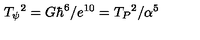
T _ { \psi } { } ^ { 2 } = G \hbar ^ { 6 } / e ^ { 1 0 } = T _ { P } { } ^ { 2 } / \alpha ^ { 5 }